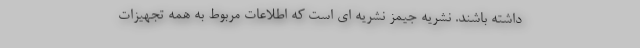
داشته باشند. نشریه جیمز نشریه ای است که اطلاعات مربوط به همه تجهیزات